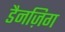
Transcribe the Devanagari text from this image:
डैनज़िग